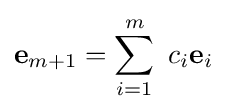
\mathbf {e} _{m+1}=\sum _{i=1}^{m}\ c_{i}\mathbf {e} _{i}